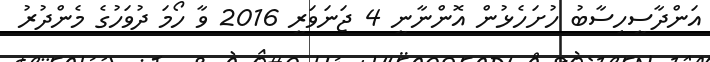
އަންދާސީހިސާބު ހުށަހެޅުން އޮންނާނީ 4 ޖަނަވަރީ 2016 ވާ ހޯމަ ދުވަހުގެ މެންދުރު